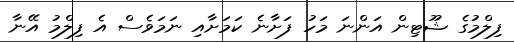
ފިލްމުގެ ޝޫޓިން އަންނަ މަހު ފަށާނެ ކަމަށާއި ނަމަވެސް އެ ފިލްމު އޭނާ